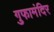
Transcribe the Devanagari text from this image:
गुफामंदिर